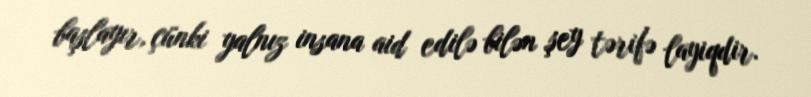
başlayır, çünki yalnız insana aid edilə bilən şey tərifə layiqdir.